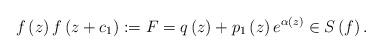
LaTeX: \begin{align*}f\left( z\right) f\left( z+c_{1}\right) :=F=q\left( z\right) +p_{1}\left(z\right) e^{\alpha \left( z\right) }\in S\left( f\right) . \end{align*}